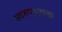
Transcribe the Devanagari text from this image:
स्वरुपात्मक